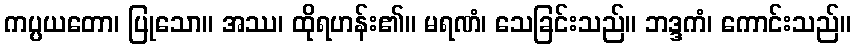
ကပ္ပယတော၊ ပြုသော။ အဿ၊ ထိုရဟန်း၏။ မရဏံ၊ သေခြင်းသည်။ ဘဒ္ဒကံ၊ ကောင်းသည်။